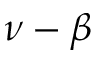
\nu - \beta